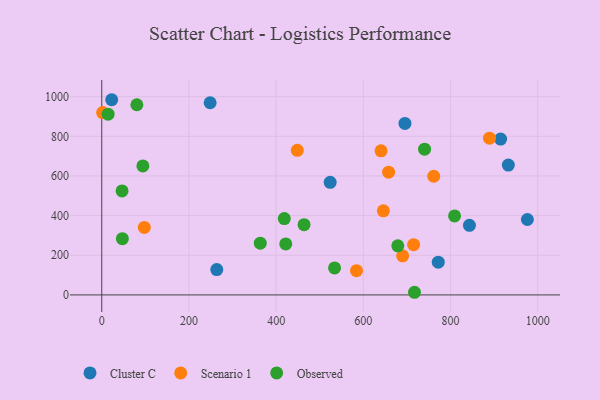
{"axis": {"x": "Ad Spend", "y": "Rating"}, "legend": ["Cluster C", "Observed", "Scenario 1"], "data": [{"x": "914.8", "y": 786.1, "type": "Cluster C"}, {"x": "523.9", "y": 567.8, "type": "Cluster C"}, {"x": "976.2", "y": 380.4, "type": "Cluster C"}, {"x": "843.3", "y": 351.1, "type": "Cluster C"}, {"x": "771.8", "y": 165.2, "type": "Cluster C"}, {"x": "248.6", "y": 969.3, "type": "Cluster C"}, {"x": "22.8", "y": 984.6, "type": "Cluster C"}, {"x": "932.5", "y": 654.9, "type": "Cluster C"}, {"x": "695.4", "y": 864.9, "type": "Cluster C"}, {"x": "263.8", "y": 127.6, "type": "Cluster C"}, {"x": "640.6", "y": 726.9, "type": "Scenario 1"}, {"x": "715.2", "y": 253.5, "type": "Scenario 1"}, {"x": "584.3", "y": 122.4, "type": "Scenario 1"}, {"x": "657.9", "y": 619.1, "type": "Scenario 1"}, {"x": "761.4", "y": 598.6, "type": "Scenario 1"}, {"x": "448.5", "y": 729.6, "type": "Scenario 1"}, {"x": "645.9", "y": 424.0, "type": "Scenario 1"}, {"x": "2.0", "y": 919.7, "type": "Scenario 1"}, {"x": "889.3", "y": 790.5, "type": "Scenario 1"}, {"x": "690.1", "y": 197.3, "type": "Scenario 1"}, {"x": "97.6", "y": 340.5, "type": "Scenario 1"}, {"x": "94.3", "y": 650.6, "type": "Observed"}, {"x": "740.4", "y": 735.4, "type": "Observed"}, {"x": "464.0", "y": 354.2, "type": "Observed"}, {"x": "717.3", "y": 13.3, "type": "Observed"}, {"x": "47.3", "y": 283.5, "type": "Observed"}, {"x": "363.6", "y": 260.8, "type": "Observed"}, {"x": "14.6", "y": 911.6, "type": "Observed"}, {"x": "422.0", "y": 257.3, "type": "Observed"}, {"x": "418.7", "y": 385.1, "type": "Observed"}, {"x": "46.6", "y": 524.6, "type": "Observed"}, {"x": "80.5", "y": 959.2, "type": "Observed"}, {"x": "534.0", "y": 136.2, "type": "Observed"}, {"x": "809.2", "y": 398.3, "type": "Observed"}, {"x": "679.0", "y": 247.8, "type": "Observed"}]}